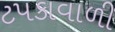
ટપકાવાળી